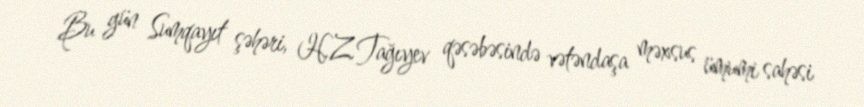
Bu gün Sumqayıt şəhəri, H.Z.Tağıyev qəsəbəsində vətəndaşa məxsus ümumi sahəsi